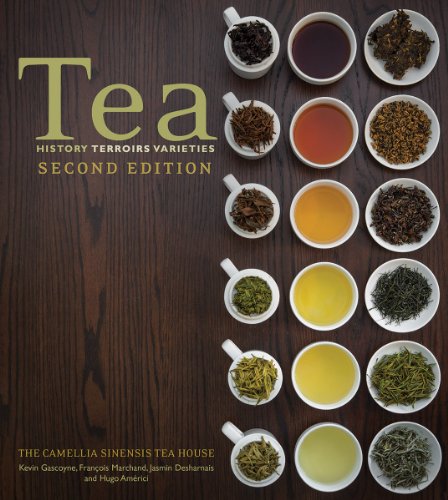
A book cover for Tea: History, Terroirs, Varieties; Kevin Gascoyne; Cookbooks, Food & Wine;